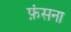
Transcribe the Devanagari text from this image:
फ़ंसना